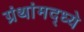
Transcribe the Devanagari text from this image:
ग्रंथांमद्ध्ये